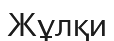
Жұлқи